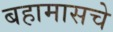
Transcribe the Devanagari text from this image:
बहामासचे